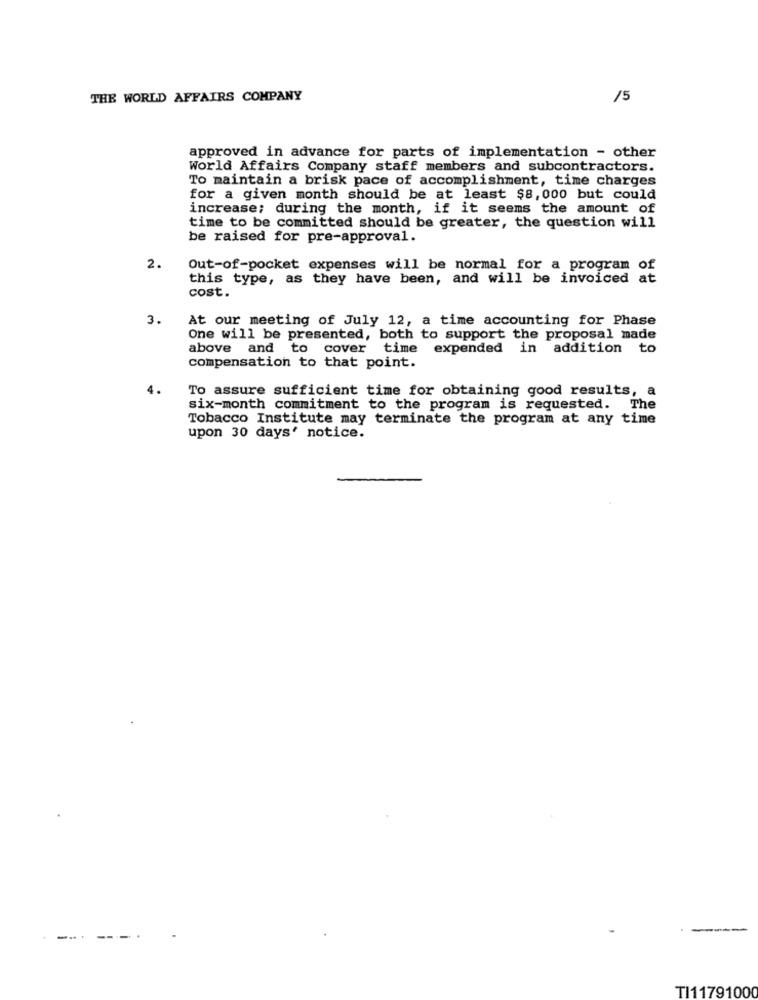
THE WORLD AFFAIRS COMPANY
15
approved in advance for parts of implementation - other
World Affairs Company staff members and subcontractors.
To maintain a brisk pace of accomplishment, time charges
for a given month should be at least $8,000 but could
increase; during the month, if it seems the amount of
time to be committed should be greater, the question will
be raised for pre-approval.
2.
Out-of-pocket expenses will be normal for a program of
this type, as they have been, and will be invoiced at
cost.
3.
At our meeting of July 12, a time accounting for Phase
One will be presented, both to support the proposal made
above and
to cover time expended in addition to
compensation to that point.
4.
To assure sufficient time for obtaining good results, a
six-month commitment to the program is requested. The
Tobacco Institute may terminate the program at any time
upon 30 days' notice.
-.. .
----
TI11791000